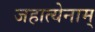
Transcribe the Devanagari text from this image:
जहात्येनाम्‌